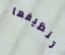
تنظيفها